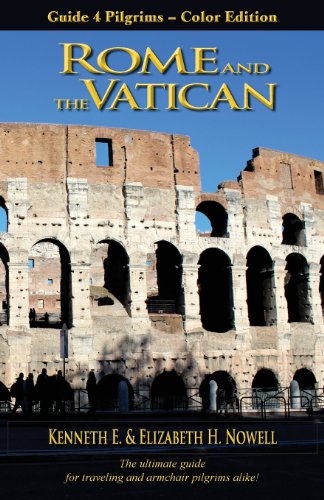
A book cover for Rome and the Vatican - Guide 4 Pilgrims, Color Edition; Kenneth E. Nowell; Travel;